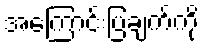
အကြောင်းပြချက်ကို